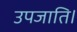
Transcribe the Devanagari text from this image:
उपजाति।